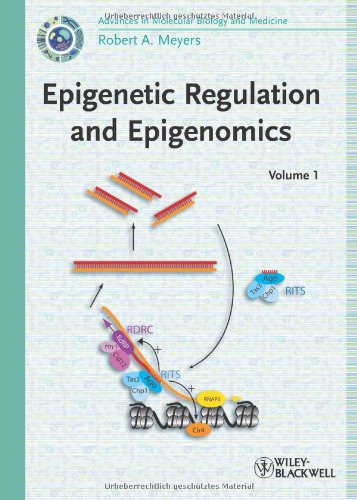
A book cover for Epigenetic Regulation and Epigenomics; Computers & Technology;